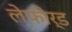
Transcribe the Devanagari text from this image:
लेफोर्ड